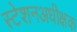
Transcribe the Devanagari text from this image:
स्टेशनअधीक्षक